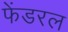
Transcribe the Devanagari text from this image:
फेंडरल